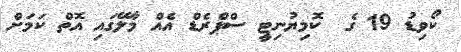
ކޯވިޑު 19 ގެ  ކޮމިޔުނިޓީ ސްޕްރެޑް އެއް މާލޭގައި އޮތް ކަމަށް